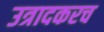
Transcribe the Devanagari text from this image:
उत्रादकरच